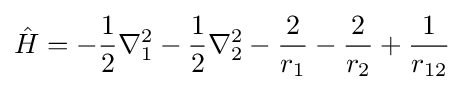
{\hat {H}}=-{\frac {1}{2}}\nabla _{1}^{2}-{\frac {1}{2}}\nabla _{2}^{2}-{\frac {2}{r_{1}}}-{\frac {2}{r_{2}}}+{\frac {1}{r_{12}}}